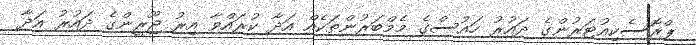
ޕްރޮސެކިއުޓަރުންގެ ދައުރު ހައުސްގެ މެމްބަރުންތަކެއް އަދާ ކުރައްވާ އިރު ޖޫރީންގެ ދައުރު އަދާ